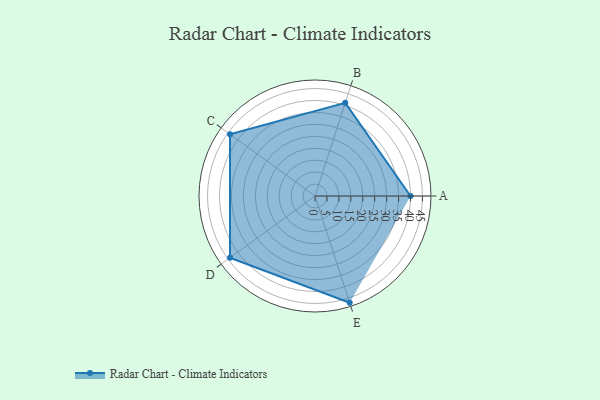
{"axis": {"x": "Skill", "y": "Score"}, "legend": ["Profile"], "data": [{"x": "A", "y": 40.0, "type": "Profile"}, {"x": "B", "y": 41.0, "type": "Profile"}, {"x": "C", "y": 44.0, "type": "Profile"}, {"x": "D", "y": 44.0, "type": "Profile"}, {"x": "E", "y": 47.0, "type": "Profile"}]}